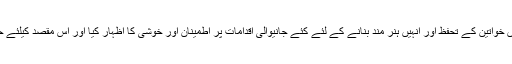
میڈم نینی ، میڈم سلینا اور دیگر ارکان وفد نے دارالامان گجرات میں خواتین کے تحفظ اور انہیں ہنر مند بنانے کے لئے کئے جانیوالی اقدامات پر اطمینان اور خوشی کا اظہار کیا اور اس مقصد کیلئے حکومت پنجاب اور ضلعی حکومت کے اقدامات کو زبردست سراہا۔